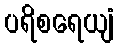
ပရိစရေယျံ